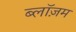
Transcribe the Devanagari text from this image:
ब्लॉज़म